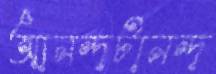
আনন্দটানন্দ